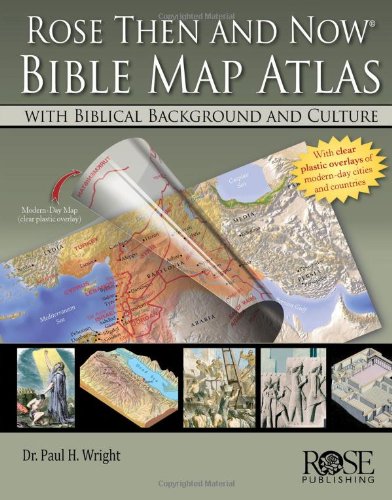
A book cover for Rose Then and Now Bible Map Atlas with Biblical Backgrounds and Culture; Paul H. Wright; Christian Books & Bibles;